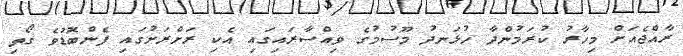
ރާއްޖެއަށް މިހާރު ކުރަމުންދާ ހުޅަނދު މޫސުމުގެ ވިއްސާރައިގައި އެކި ރަށްރަށުގައި ފެންބޮޑުވެ ގޯތި